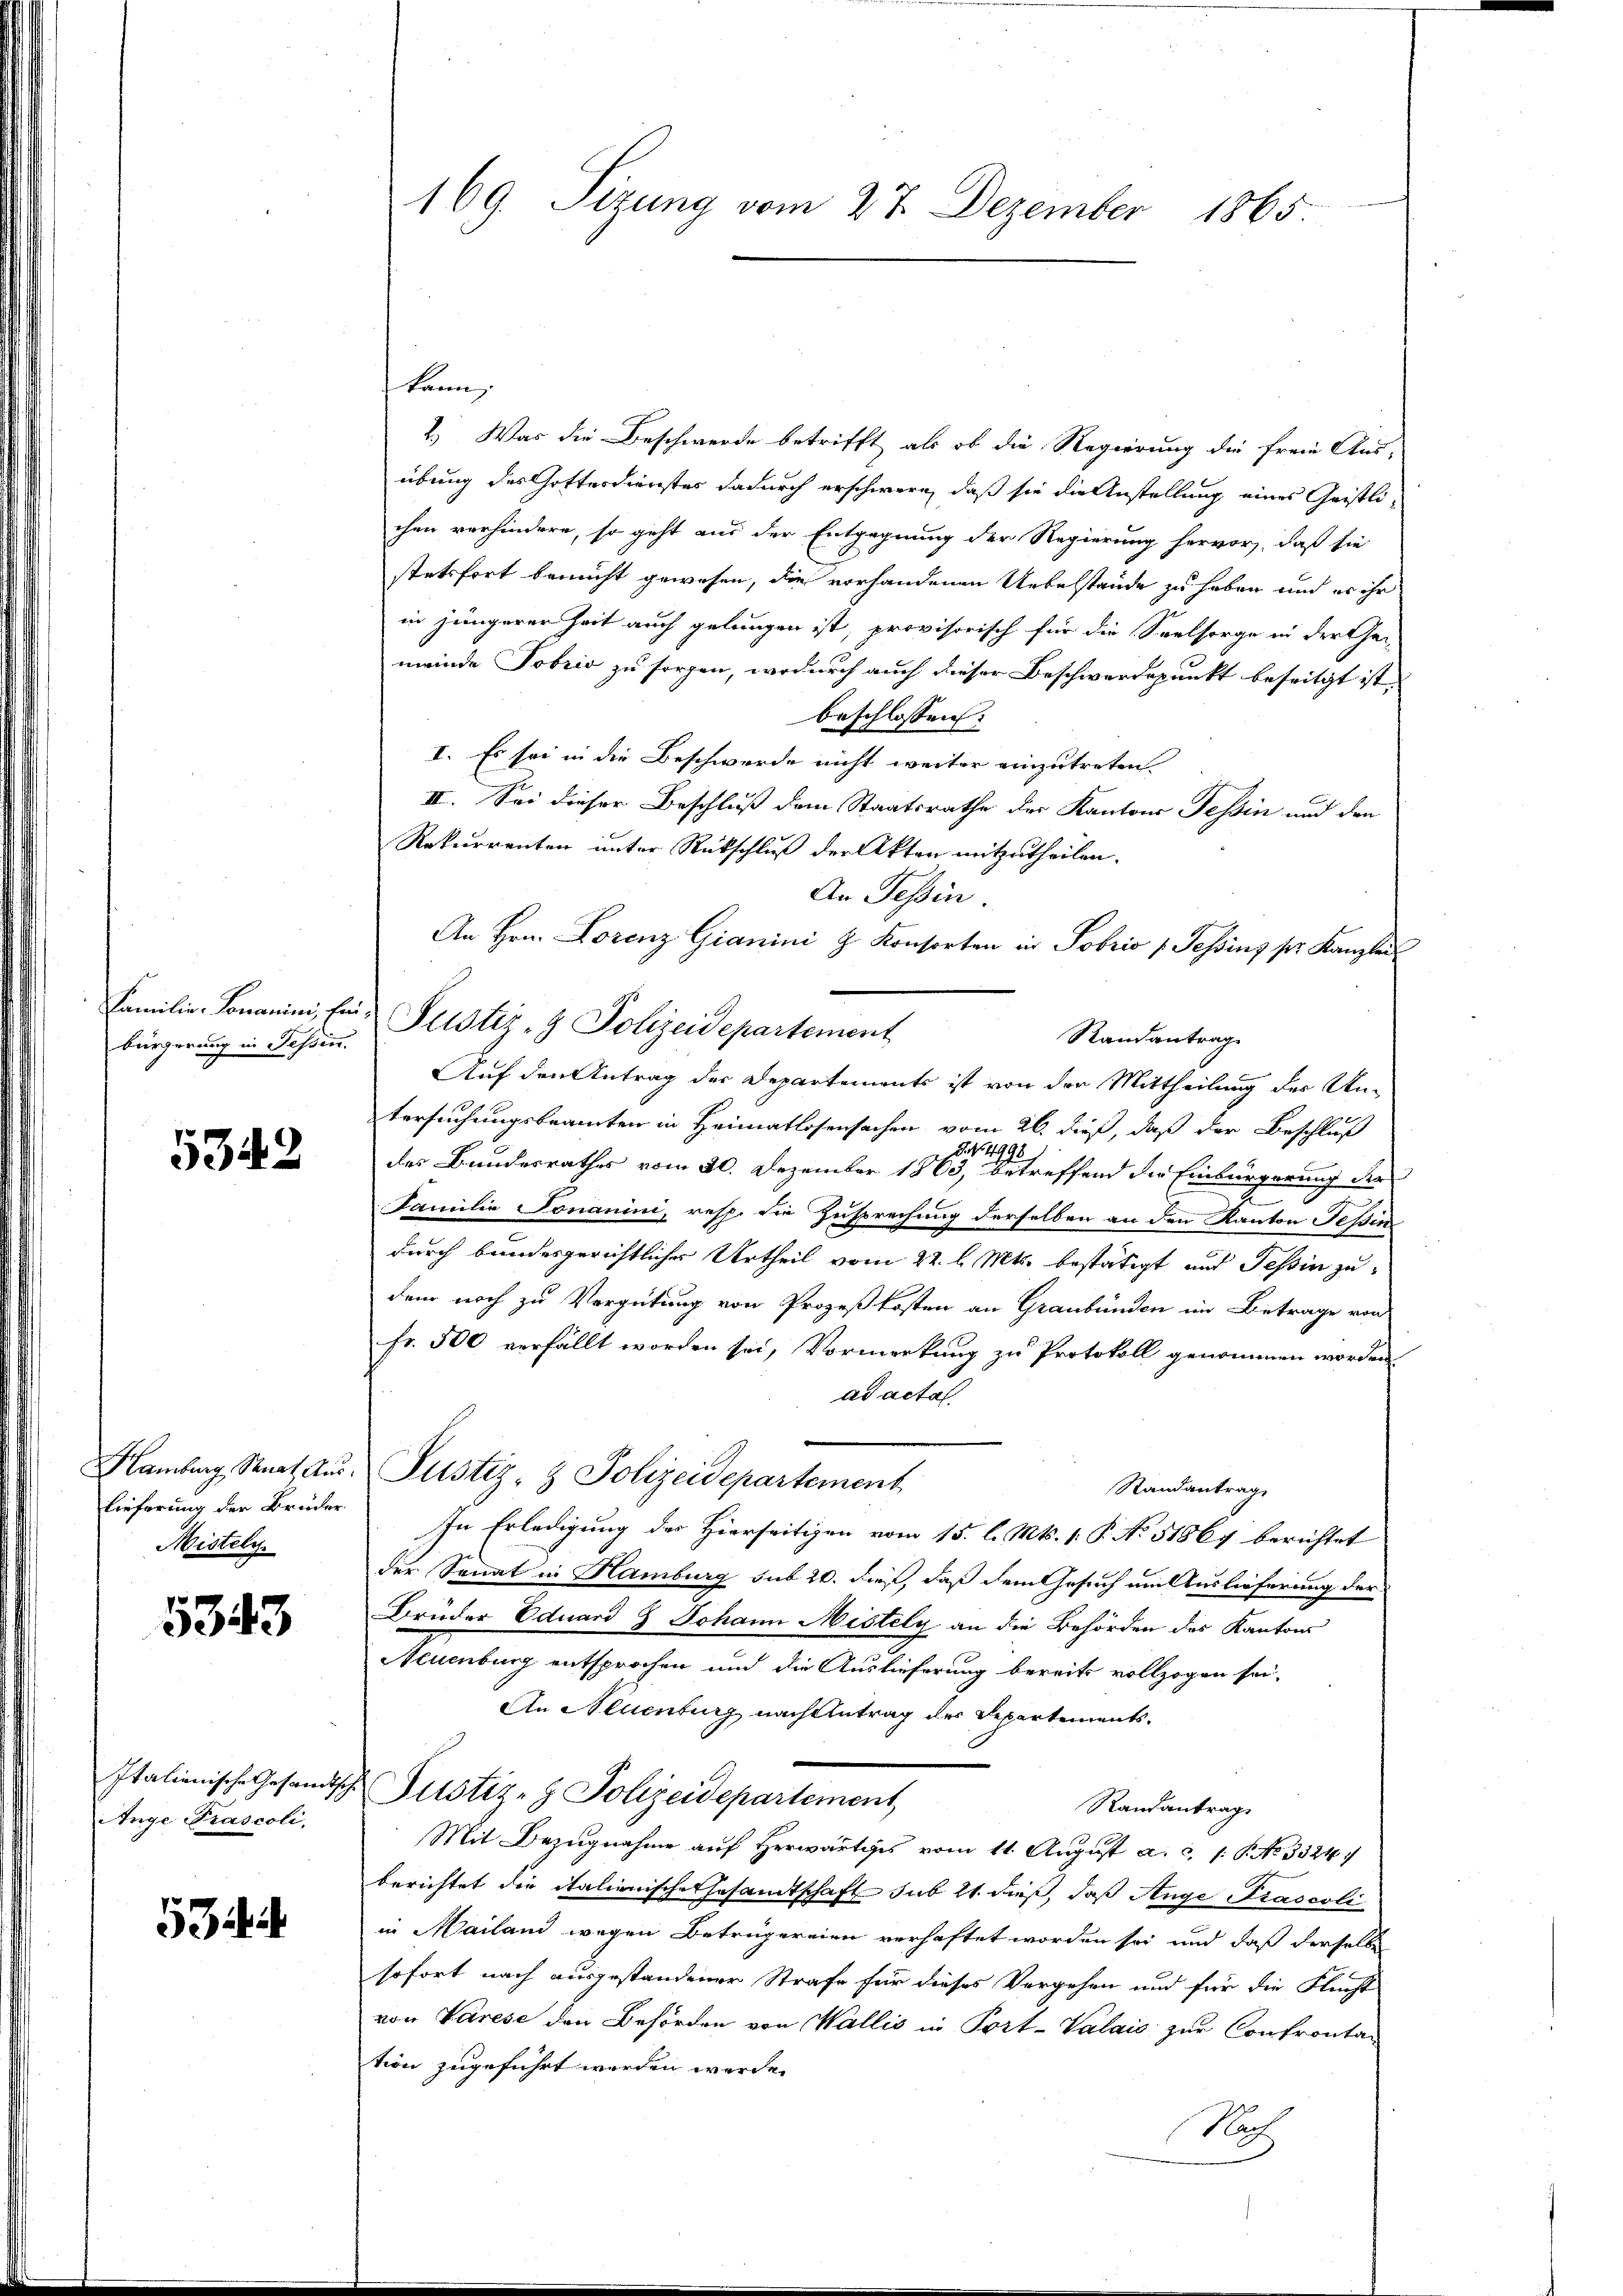
Familie - Tomanini, für
bürgerung in Tessin.

5343

Hamburg, Senat Auslieferung der Bruder
Mistely

5343

Italienische Gesandtsch
Ange Prascoli,

534

169. Sizung vom 27. Dezember 1865

kann;
2.) Was die Beschwerde betrifft, als ob die Regierung die freie Aus-
übung des Gottesdienstes dadurch erschwere, daß sie die Anstellung eines Geistli-
chen verhindere, so geht aus der Entgegnung der Regierung hervor, daß sie
stetsfort bemüht gewesen, die vorhandenen Uebelstände zu haben und es ihr
in jüngerer Zeit auch gelungen ist, provisorisch für die Seelsorge in der Ge-
meinde Tobris zu sorgen, wodurch auch dieser Beschwerdspunkt beseitigt ist.
beschlossen:
I. Es sei in die Beschwerde nicht weiter einzutreten.
II. Sei dieser Beschluß dem Staatsrathe der Kantons Tessin und den
Rekurrenten unter Rückschluß der Akten mitzutheilen.
An Tessin.
An Hrn. Lorenz Gianini z. Konsorten in Tobris Tessins ser Kanzlei
Justiz- & Polizeidepartement
Randantrag
Auf den Antrag der Departements ist von den Mittheilung der Untersuchungsbeamten in Heimatlosensachen vom 26. dieß, daß der Beschluß
G. No. 4998
des Bundesrathes vom 30. Dezember 1863, betreffend der Einbürgerung der
Familie Jonanini, resp. die Zusprechung derselben an den Kanton Tessin
durch bandesgerichtlicher Urtheil vom 22. l. Mts. bestätigt und Tessin zudem noch zu Vergütung von Prozeßkosten an Graubünden im Betrage von
fr. 500 verfällt worden sei, Vormerkung zu Protokoll genommen worden
ad actal.
Justiz- & Polizeidepartement
Standantrage
In Erledigung des Hierseitigen vom 15. l. Mts. 1. P. No 51867 berichtet
der Sonat in Hamburg sub 20. dieß, daß dem Gesuch um Auslieferung der
Brüder Eduard Z Johann Mistely an die Behörden des Kantons
Neuenburg entsprochen und die Auslieferung bereits vollzogen sei,
An Neuenburg nach Antrag der Departements-
Justiz- & Polizeidepartement
Randantrage
Mit Bezugnahme auf Herwärtiges vom 11. August a. c. 1. P. No 3324
berichtet die italienische Gesandtschaft sub 21. dieß, daß Ange Prascoli
in Mailand wegen Betrügereien verhaftet worden sei und daß derselbe
sofort nach ausgestandener Strafe für dieses Vergehen und für die Flucht
von Varese den Behörden von Wallis in Port-Valaić zur Confronta-
tion zugeführt worden werde.
No